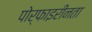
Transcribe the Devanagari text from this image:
पोर्फाइरीनता